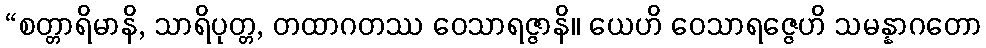
“စတ္တာရိမာနိ, သာရိပုတ္တ, တထာဂတဿ ဝေသာရဇ္ဇာနိ။ ယေဟိ ဝေသာရဇ္ဇေဟိ သမန္နာဂတော